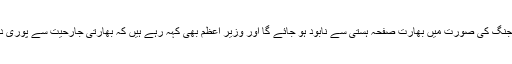
شیخ رشید نھی کہہ رہے ہیں کہ جنگ کی صورت میں بھارت صفحہ ہستی سے نابود ہو جائے گا اور وزیر اعظم بھی کہہ رہے ہیں کہ بھارتی جارحیت سے پوری دنیا کا امن تہس نہس ہو جائے گا۔